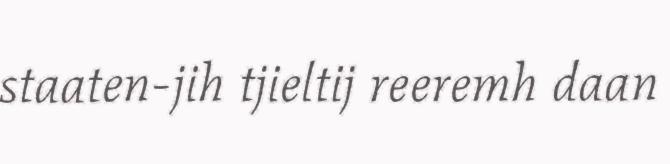
staaten-jih tjieltij reeremh daan